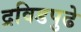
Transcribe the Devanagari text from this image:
द्रविडपुढे